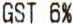
GST 6%